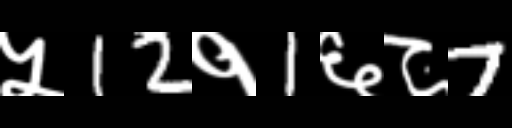
Text: ५12१1६८7